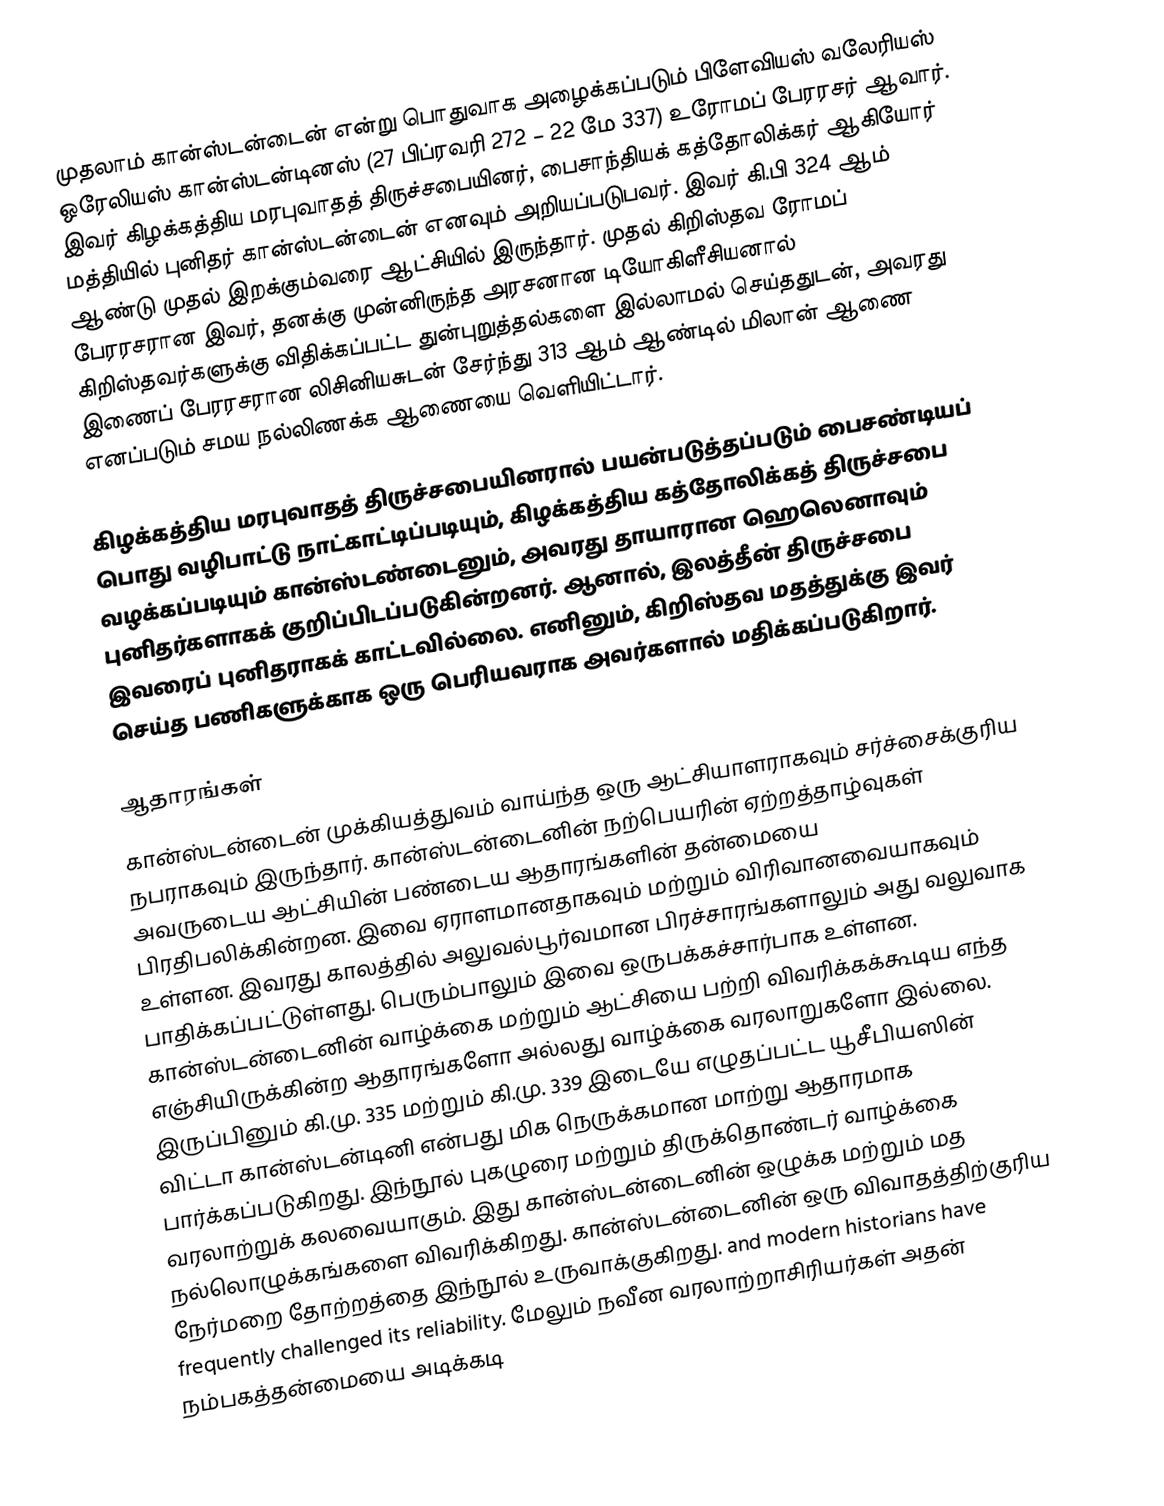
முதலாம் கான்ஸ்டன்டைன் என்று பொதுவாக அழைக்கப்படும் பிளேவியஸ் வலேரியஸ் ஒரேலியஸ் கான்ஸ்டன்டினஸ்  (27 பிப்ரவரி 272 – 22 மே 337) உரோமப் பேரரசர் ஆவார். இவர் கிழக்கத்திய மரபுவாதத் திருச்சபையினர், பைசாந்தியக் கத்தோலிக்கர் ஆகியோர் மத்தியில் புனிதர் கான்ஸ்டன்டைன் எனவும் அறியப்படுபவர். இவர் கி.பி 324 ஆம் ஆண்டு முதல் இறக்கும்வரை ஆட்சியில் இருந்தார். முதல் கிறிஸ்தவ ரோமப் பேரரசரான இவர், தனக்கு முன்னிருந்த அரசனான டியோகிளீசியனால் கிறிஸ்தவர்களுக்கு விதிக்கப்பட்ட துன்புறுத்தல்களை இல்லாமல் செய்ததுடன், அவரது இணைப் பேரரசரான லிசினியசுடன் சேர்ந்து 313 ஆம் ஆண்டில் மிலான் ஆணை எனப்படும் சமய நல்லிணக்க ஆணையை வெளியிட்டார்.

கிழக்கத்திய மரபுவாதத் திருச்சபையினரால் பயன்படுத்தப்படும் பைசண்டியப் பொது வழிபாட்டு நாட்காட்டிப்படியும், கிழக்கத்திய கத்தோலிக்கத் திருச்சபை வழக்கப்படியும் கான்ஸ்டண்டைனும், அவரது தாயாரான ஹெலெனாவும் புனிதர்களாகக் குறிப்பிடப்படுகின்றனர். ஆனால், இலத்தீன் திருச்சபை இவரைப் புனிதராகக் காட்டவில்லை. எனினும், கிறிஸ்தவ மதத்துக்கு இவர் செய்த பணிகளுக்காக ஒரு பெரியவராக அவர்களால் மதிக்கப்படுகிறார்.

ஆதாரங்கள்
கான்ஸ்டன்டைன் முக்கியத்துவம் வாய்ந்த ஒரு ஆட்சியாளராகவும் சர்ச்சைக்குரிய நபராகவும் இருந்தார். கான்ஸ்டன்டைனின் நற்பெயரின் ஏற்றத்தாழ்வுகள் அவருடைய ஆட்சியின் பண்டைய ஆதாரங்களின் தன்மையை பிரதிபலிக்கின்றன.  இவை ஏராளமானதாகவும் மற்றும் விரிவானவையாகவும் உள்ளன. இவரது காலத்தில் அலுவல்பூர்வமான பிரச்சாரங்களாலும் அது வலுவாக பாதிக்கப்பட்டுள்ளது.  பெரும்பாலும் இவை ஒருபக்கச்சார்பாக உள்ளன. கான்ஸ்டன்டைனின் வாழ்க்கை மற்றும் ஆட்சியை பற்றி விவரிக்கக்கூடிய எந்த எஞ்சியிருக்கின்ற ஆதாரங்களோ அல்லது வாழ்க்கை வரலாறுகளோ இல்லை.  இருப்பினும்  கி.மு. 335 மற்றும் கி.மு.  339 இடையே எழுதப்பட்ட  யூசீபியஸின் விட்டா கான்ஸ்டன்டினி என்பது மிக நெருக்கமான மாற்று ஆதாரமாக பார்க்கப்படுகிறது. இந்நூல் புகழுரை மற்றும் திருக்தொண்டர் வாழ்க்கை  வரலாற்றுக் கலவையாகும். இது கான்ஸ்டன்டைனின் ஒழுக்க மற்றும் மத நல்லொழுக்கங்களை விவரிக்கிறது. கான்ஸ்டன்டைனின் ஒரு விவாதத்திற்குரிய நேர்மறை தோற்றத்தை இந்நூல்  உருவாக்குகிறது. and modern historians have frequently challenged its reliability. மேலும் நவீன வரலாற்றாசிரியர்கள் அதன் நம்பகத்தன்மையை அடிக்கடி